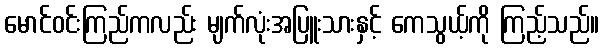
မောင်ဝင်းကြည်ကလည်း မျက်လုံးအပြူးသားနှင့် ကေသွယ့်ကို ကြည့်သည်။